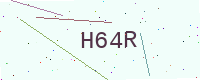
Text: H64R